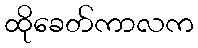
ထိုခေတ်ကာလက